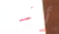
أخرى